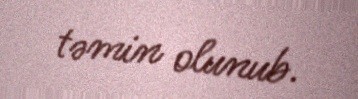
təmin olunub.